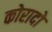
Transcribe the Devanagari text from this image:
कोरादो